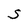
Character: S